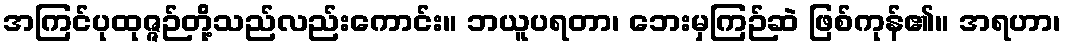
အကြင်ပုထုဇ္ဇဉ်တို့သည်လည်းကောင်း။ ဘယူပရတာ၊ ဘေးမှကြဉ်ဆဲ ဖြစ်ကုန်၏။ အရဟာ၊